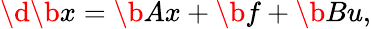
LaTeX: \d{\b{x}}=\b{Ax}+\b{f}+\b{Bu},